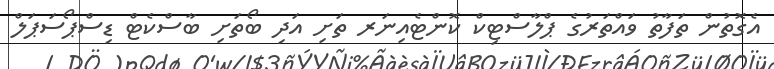
އެގޮތުން ތަފާތު ވައްތަރުގެ ޕްލާސްޓިކް ކޮންޓެއިނަރ ތަށި އަދި ބޯތަށި ބާސްކެޓް ޑިސްޕޯސަޕަލް